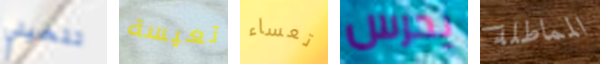
تتخيلي تعيسة تعساء يحرس المماطلة